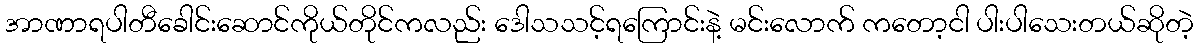
အာဏာရပါတီခေါင်းဆောင်ကိုယ်တိုင်ကလည်း ဒေါသသင့်ရကြောင်းနဲ့ မင်းလောက် ကတော့ငါ ပါးပါသေးတယ်ဆိုတဲ့